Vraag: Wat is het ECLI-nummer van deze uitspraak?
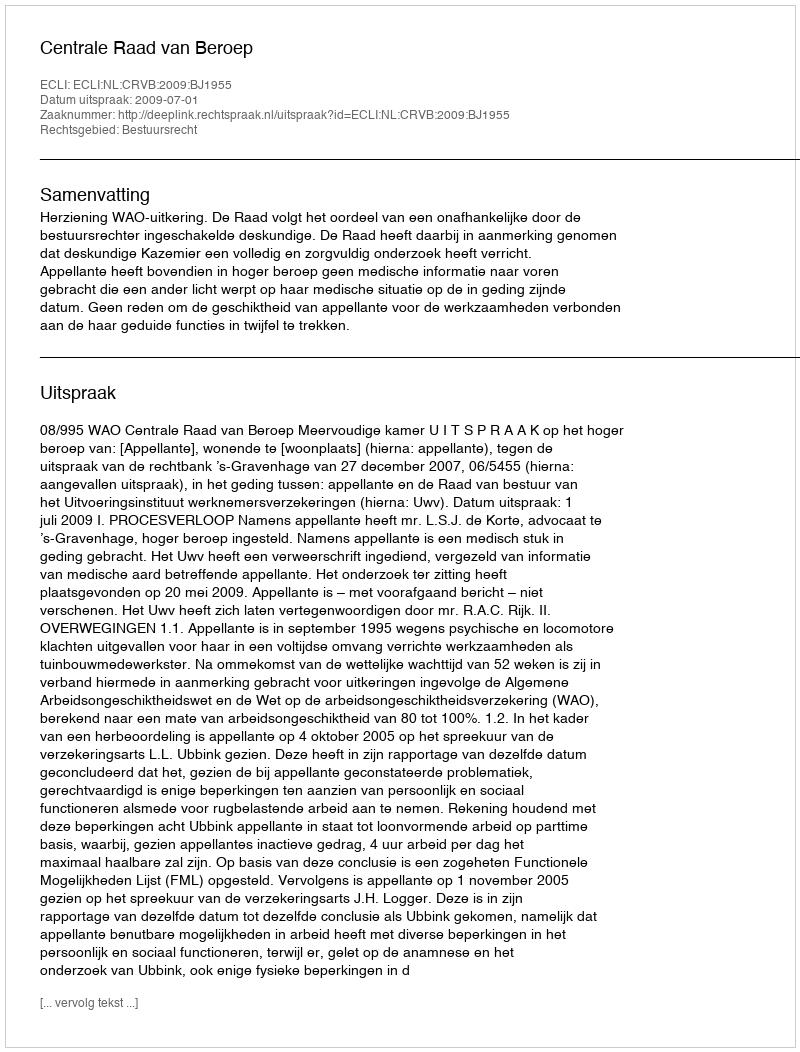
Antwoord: ECLI:NL:CRVB:2009:BJ1955